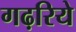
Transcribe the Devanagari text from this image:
गढ़रिये